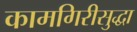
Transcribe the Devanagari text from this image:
कामगिरीसुद्धा